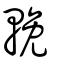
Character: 輓